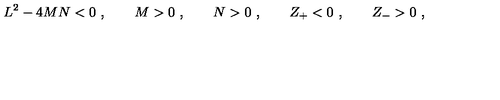
L ^ { 2 } - 4 M N < 0 \ , \qquad M > 0 \ , \qquad N > 0 \ , \qquad Z _ { + } < 0 \ , \qquad Z _ { - } > 0 \ ,